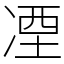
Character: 凐